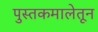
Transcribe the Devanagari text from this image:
पुस्तकमालेतून